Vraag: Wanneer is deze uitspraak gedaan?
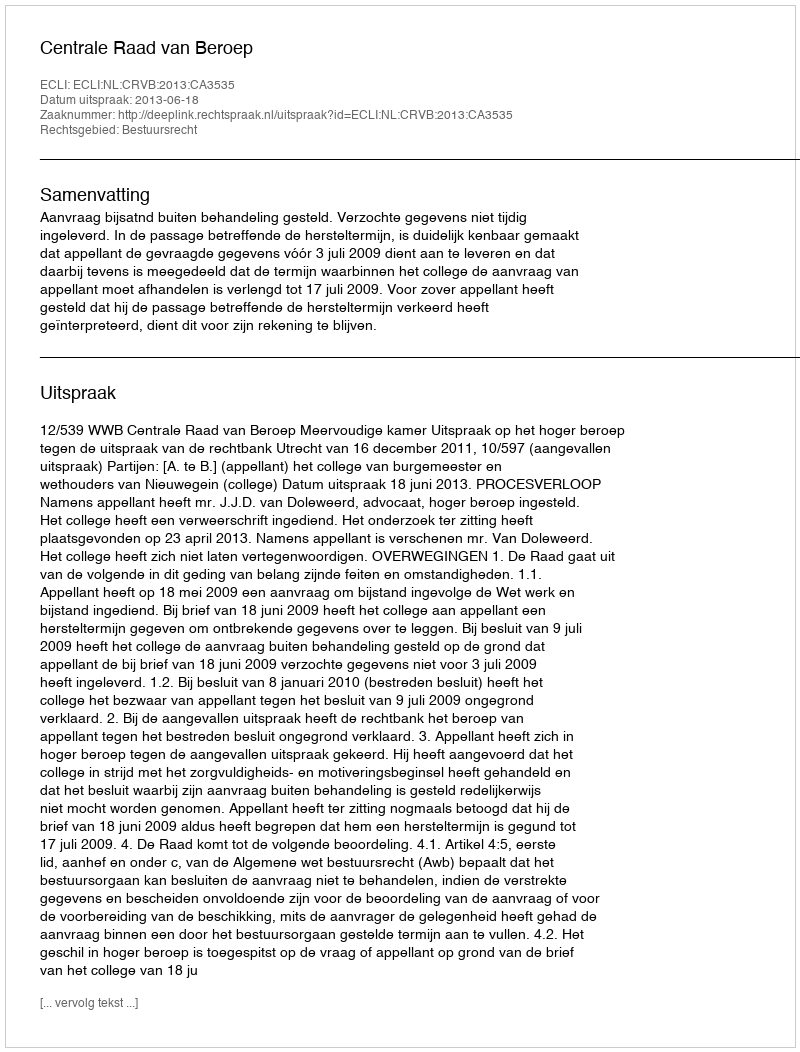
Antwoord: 2013-06-18